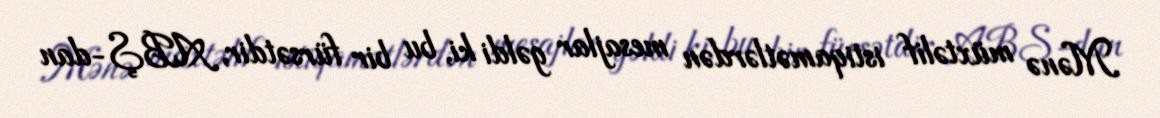
Mənə müxtəlif istiqamətlərdən mesajlar gəldi ki, bu bir fürsətdir, ABŞ-dan